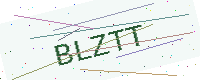
Text: BLZTT